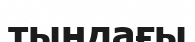
тыңдағы